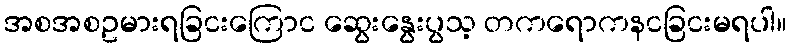
အစအစဥမားရခြငးကြောင ဆွေးနွေးပွသ့ တကရောကနငခြငးမရပါ။